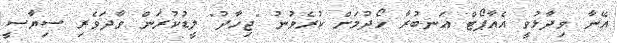
އޭނާ ވިދާޅުވީ އެއާޕޯޓް އަނބުރާ ހޯދުމަށް ކުރެވުނު "ޖިހާދު" ލީޑުކުރަން ވާދަވެރި ސިޔާސީ